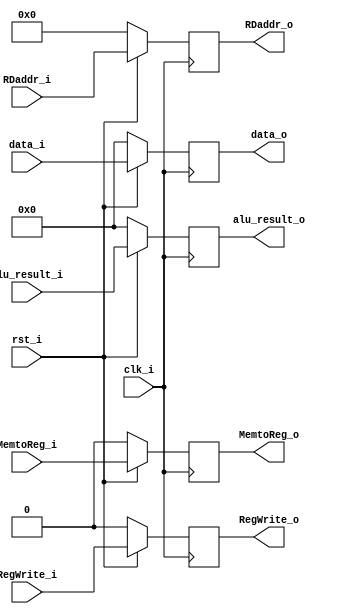
/***************************************************
Student Name: 
Student ID: 
***************************************************/

`timescale 1ns/1ps

module MEM_WB_reg(
	input          clk_i,
    	input          rst_i,
	/*Control signal input*/
	input          MemtoReg_i,
	input          RegWrite_i,
	
	/*Data input*/
        input		[31:0]   data_i,
        input 		[32-1:0] alu_result_i,
	input  		[5-1:0]  RDaddr_i,

	/*Control signal output*/
	output reg          MemtoReg_o,
	output reg          RegWrite_o,
	
	/*Data output*/
	output reg [32-1:0] data_o,
	output reg [32-1:0] alu_result_o,
	output reg [5-1:0]  RDaddr_o
);

always@(posedge clk_i) begin
	if(~rst_i) 
		begin
			/* WB */
			MemtoReg_o <= 1'd0;
	        	RegWrite_o <= 1'd0;
			/* Data*/
			data_o <= 32'd0;
			alu_result_o  <= 32'd0;
			RDaddr_o   <= 5'd0;
	
		end
    	else 
		begin
			/* WB */
			MemtoReg_o <= MemtoReg_i;
	        	RegWrite_o <= RegWrite_i;
			/* Data*/
			data_o  <= data_i;
			alu_result_o  <= alu_result_i;
			RDaddr_o   <= RDaddr_i;
		end
end

endmodule